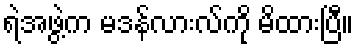
ရဲအဖွဲ့က မဒန်လားလ်ကို မိထားပြီ။